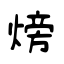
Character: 𪹚